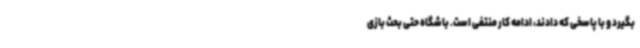
بگیرد و با پاسخی که دادند، ادامه کار منتفی است. باشگاه حتی بحث بازی